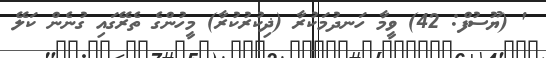
' (ޔޫސުފް: 42) ވީމާ ހަނދުމަކުރާ (ޛިކުރުކުރާ) މީހުންގެ ތެރޭގައި ގުނެން ކަލޭ